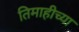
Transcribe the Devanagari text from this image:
तिमाहीच्या